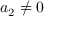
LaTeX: \qquad a _ { 2 } \neq 0